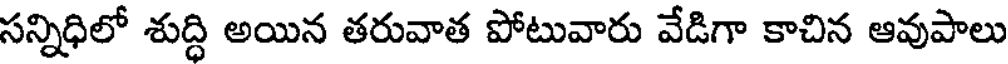
సన్నిధిలో శుద్ధి అయిన తరువాత పోటువారు వేడిగా కాచిన ఆవుపాలు